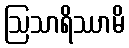
ဩသာရိဿာမိ